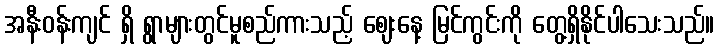
အနီးဝန်းကျင် ရှိ ရွာများတွင်မူစည်ကားသည့် ဈေးနေ့ မြင်ကွင်းကို တွေ့ရှိနိုင်ပါသေးသည်။